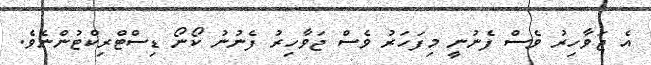
އެ ޖަވާހިރު ވެސް ފެނުނީ މިފަހަރު ވެސް ޖަވާހިރު ފެނުނު ކޯނޯ ޑިސްޓްރިކްޓުންނެވެ.